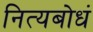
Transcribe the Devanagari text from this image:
नित्यबोधं